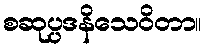
စဆုပ္ပဒနိသေဝိတာ။